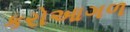
કરોઆગળ